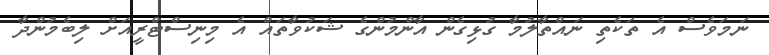
ނަމަވެސް އެ ތަކެތި ނައްތާލުމާ ގުޅިގެން އާންމުންގެ ޝަކުވާތައް އެ މިނިސްޓްރީއަށް ލިބެމުންދާ